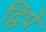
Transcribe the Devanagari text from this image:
द्विपे